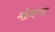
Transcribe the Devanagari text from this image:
मोनप्पा